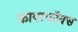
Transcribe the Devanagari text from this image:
फ़ायरफॉक्स